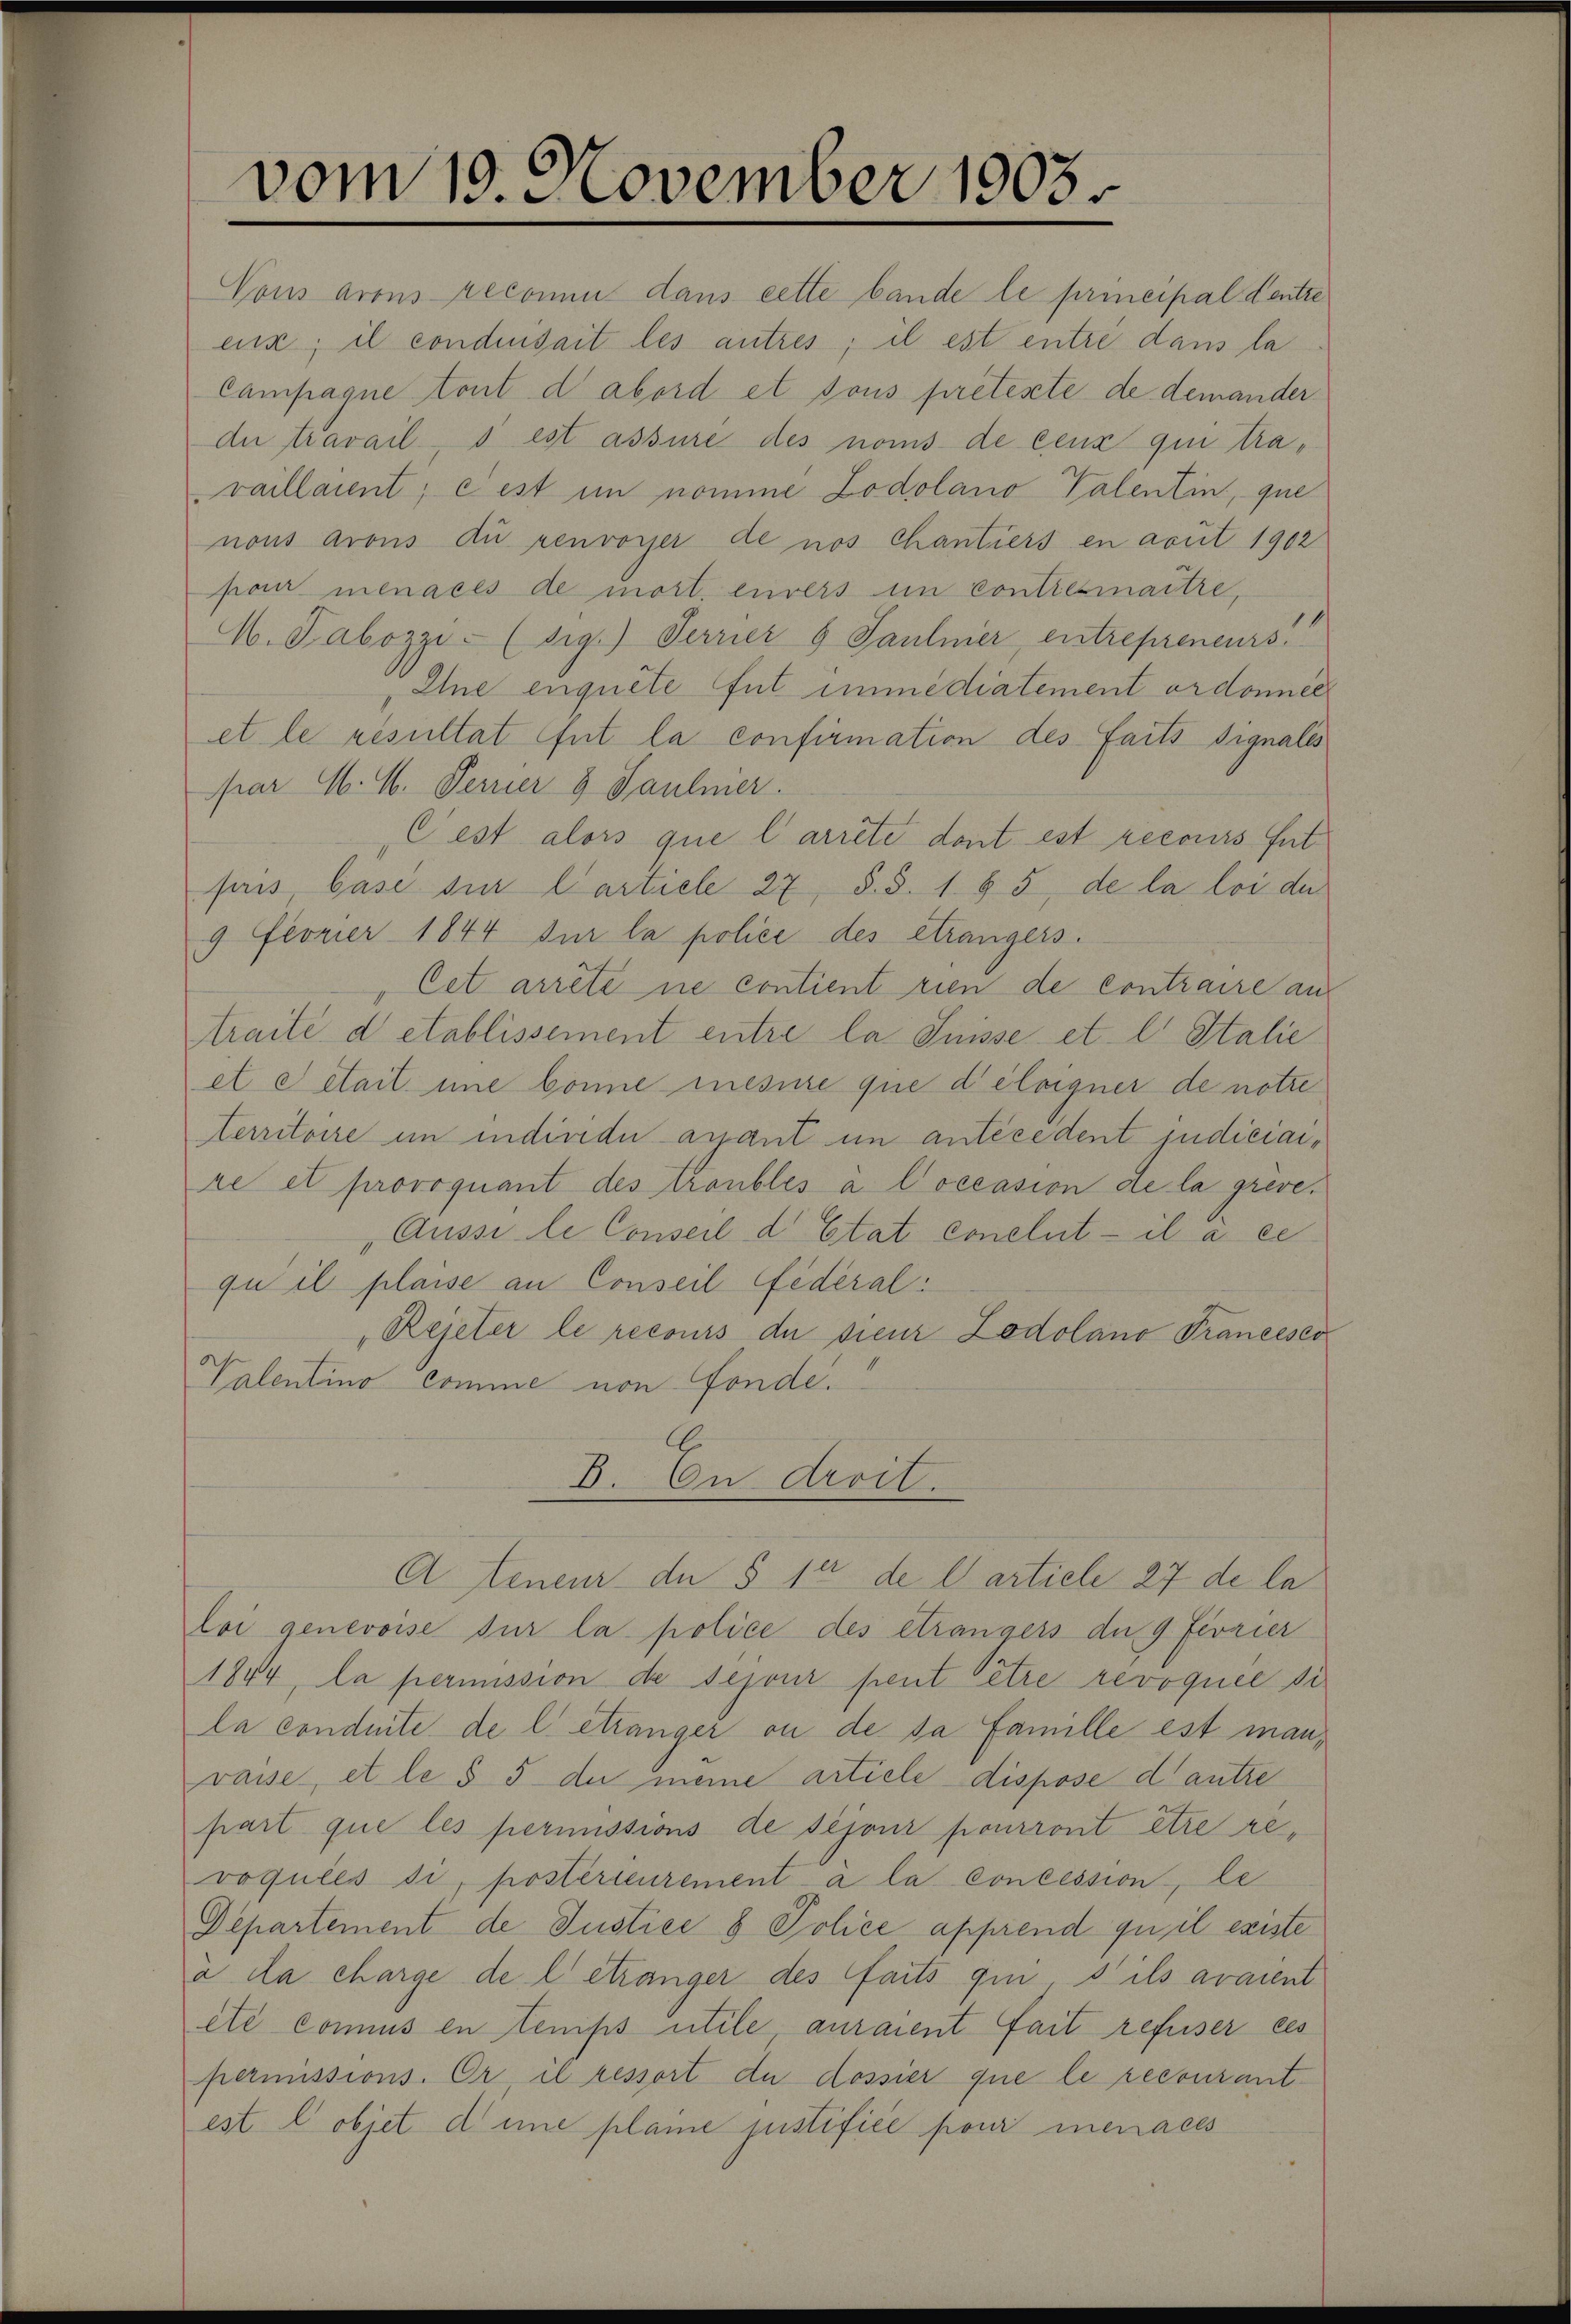
vom 19. November 1905.

Vous arons reconnu dans cette bande le principal Centre
enz; il conduisait les autres; il est entre dans la
Campagne tout d abord et sous preteste de demander
An travail, d est assure des noms de ceux qui travaillaint; c est im nomme Zodolano Valentin, que
nous arons du renvoyer de nos chantiers en acuit 1902
pan menaces de mort, einers in contiesmaitre,
M. Fabozzi. (sig.) Ferner 8 Saulmer, entrepreneurs.
Eine enquête Gut immediatement ordonner
et le resultat fut la confirmation des faits signales
par M. M. Ferner 8 Saulnier.
C est alors que l’arrête dont est recours Gut
pris, Gase die Cartiele 27, S. S. 185, de la loi der
9 Feorier 1844 der la police des étrangers.
Cet arrêté ne contient rien de contraire aus
traité d etablissement entre la Suisse et l. Italie
et e était une bonne mesure que d’éloigner de noti
territoire in individu avant im antecedent judiciaire et provoquant des troubles à Coccasion de la greve¬
Aussi le Conseil d Etat conclut - il a ce
qu il plaise an Conseil Federal-
Rejeter le recours de sieur Zodolano Francesco
Valentino comme von Fonde.
d
3. An droit.
A teneur du 5 per de Carticle 27 de la
loi genevoise sur la police des étrangers der 9 Fevrier
1844, la permission de sejour peut être revoquée si
la conduite de l. ettanger ou de sa famille est manvasse, et le § 5 du meine artiele dispose d’autre
part que les permissions de séjons pourront être rerogules si, postérieurement à la concession, le
Departement de Justice 8 Police apprend qu’il existe
à la charge de l. etränger des faits qui s’ils avaient
été conus en tenips utile auraient fait refuser ces
permissions. Er, il ressort du dossier que le recourantest l objet dene plane justifice pour menaces

1